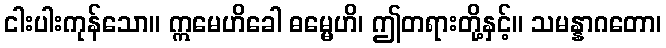
ငါးပါးကုန်သော။ ဣမေဟိခေါ ဓမ္မေဟိ၊ ဤတရားတို့နှင့်။ သမန္နာဂတော၊